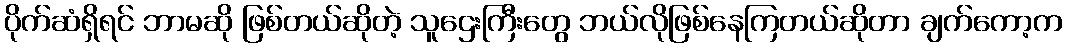
ပိုက်ဆံရှိရင် ဘာမဆို ဖြစ်တယ်ဆိုတဲ့ သူဌေးကြီးတွေ ဘယ်လိုဖြစ်နေကြတယ်ဆိုတာ ချက်ကော့က